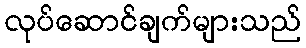
လုပ်ဆောင်ချက်များသည်